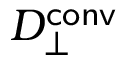
D _ { \perp } ^ { \mathsf { c o n v } }